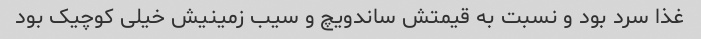
غذا سرد بود و نسبت به قیمتش ساندویچ و سیب زمینیش خیلی کوچیک بود